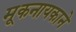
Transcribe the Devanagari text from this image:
मूकनायकाने